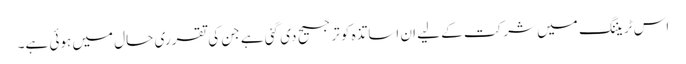
اس ٹریننگ میں شرکت کے لیے ان اساتذہ کو ترجیح دی گئی ہے جن کی تقرری حال میں ہوئی ہے۔